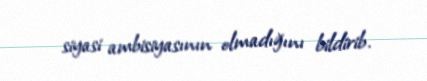
siyasi ambisiyasının olmadığını bildirib.